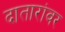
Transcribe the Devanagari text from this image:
दातारांवर